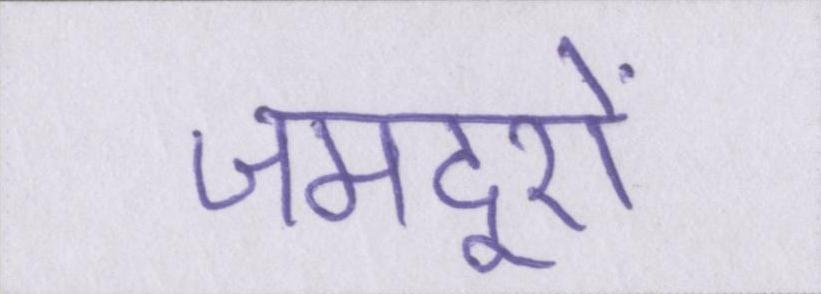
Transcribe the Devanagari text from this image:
जमदूरों